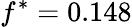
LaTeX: f^{*}=0.148